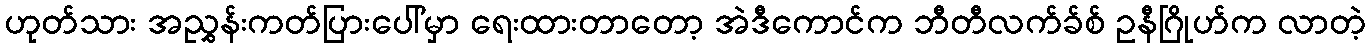
ဟုတ်သား အညွှန်းကတ်ပြားပေါ်မှာ ရေးထားတာတော့ အဲဒီကောင်က ဘီတီလက်ခ်စ် ဥနီဂြိုဟ်က လာတဲ့